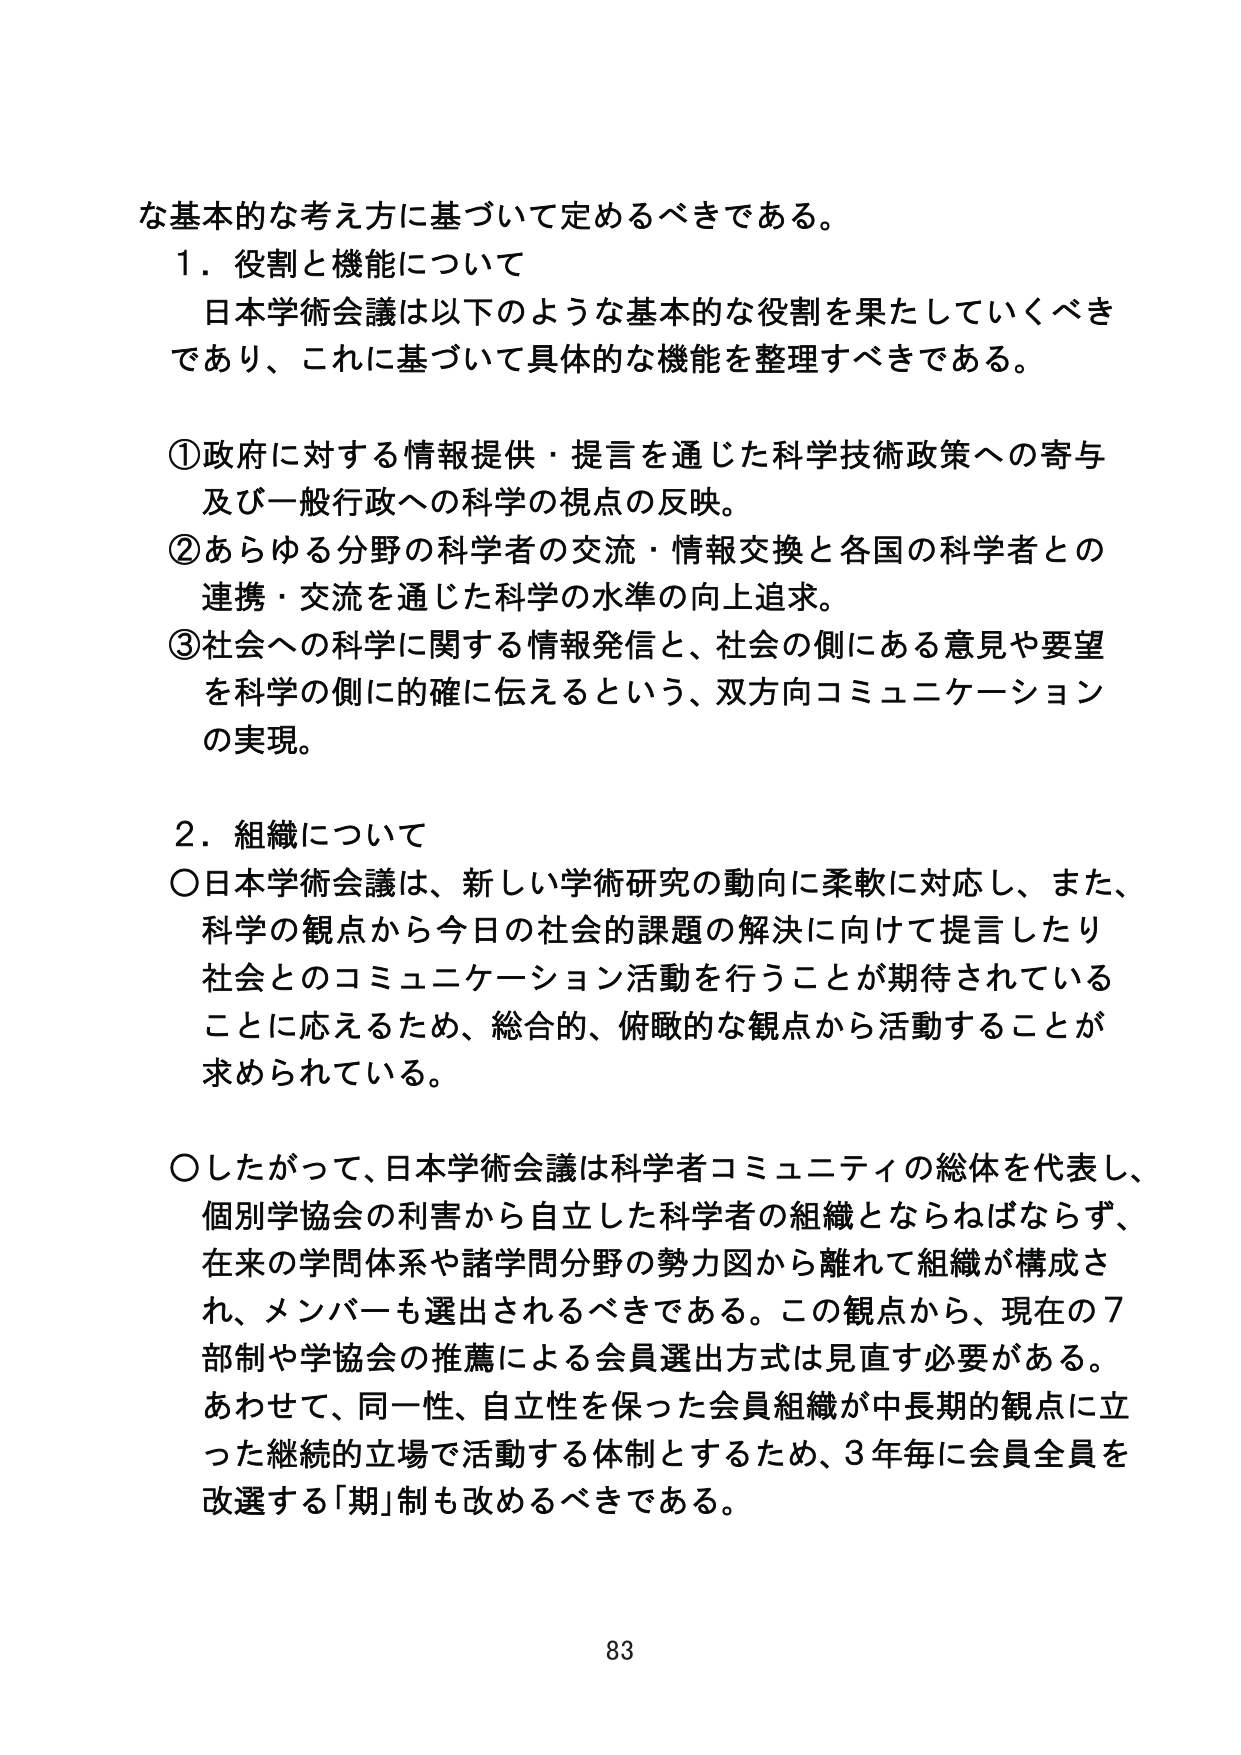
な基本的な考え方に基づいて定めるべきである。

１．役割と機能について
日本学術会議は以下のような基本的な役割を果たしていくべきであり、これに基づいて具体的な機能を整理すべきである。

①政府に対する情報提供・提言を通じた科学技術政策への寄与及び一般行政への科学の視点の反映。
②あらゆる分野の科学者の交流・情報交換と各国の科学者との連携・交流を通じた科学の水準の向上追求。
③社会への科学に関する情報発信と、社会の側にある意見や要望を科学の側に的確に伝えるという、双方向コミュニケーションの実現。

２．組織について
○日本学術会議は、新しい学術研究の動向に柔軟に対応し、また、科学の観点から今日の社会的課題の解決に向けて提言したり社会とのコミュニケーション活動を行うことが期待されていることに応えるため、総合的、俯瞰的な観点から活動することが求められている。

○したがって、日本学術会議は科学者コミュニティの総体を代表し、個別学協会の利害から自立した科学者の組織とならねばならず、在来の学問体系や諸学問分野の勢力図から離れて組織が構成され、メンバーも選出されるべきである。この観点から、現在の７部制や学協会の推薦による会員選出方式は見直す必要がある。あわせて、同一性、自立性を保った会員組織が中長期的観点に立った継続的立場で活動する体制とするため、３年毎に会員全員を改選する「期」制も改めるべきである。

83